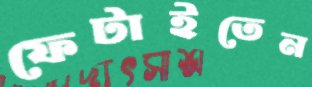
ফেটাইতেন